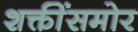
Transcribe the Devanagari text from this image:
शक्तींसमोर